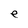
Character: e